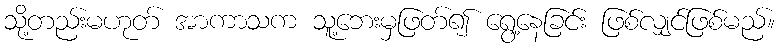
သို့တည်းမဟုတ် အာကာသက သူ့ဘေးမှဖြတ်၍ ရွေ့နေခြင်း ဖြစ်လျှင်ဖြစ်မည်။